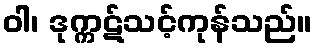
ဝါ၊ ဒုက္ကဋ်သင့်ကုန်သည်။